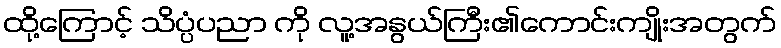
ထို့ကြောင့် သိပ္ပံပညာ ကို လူ့အနွယ်ကြီး၏ကောင်းကျိုးအတွက်